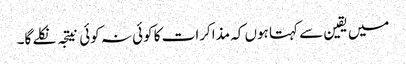
میں یقین سے کہتا ہوں کہ مذاکرات کا کوئی نہ کوئی نیتجہ نکلے گا۔